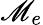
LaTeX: \mathscr{M}_{e}